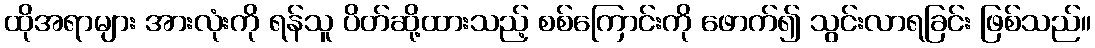
ထိုအရာများ အားလုံးကို ရန်သူ ပိတ်ဆို့ထားသည့် စစ်ကြောင်းကို ဖောက်၍ သွင်းလာရခြင်း ဖြစ်သည်။